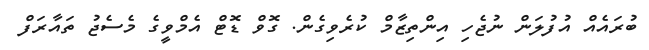
ބުރައެއް އުފުލަން ނުޖެހި އިންތިޒާމް ކުރެވިގެން. ގޮވް ޑޮޓް އެމްވީގެ މެސެޖު ތައާރަފް